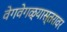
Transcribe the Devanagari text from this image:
वेगवेगळ्यास्तरावर